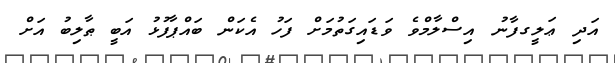
އަދި ޢަލީގފާނު އިސްލާމްވެ ވަޑައިގަތުމަށް ފަހު އެކަން ބައްޕާފުޅު އަބީ ޠާލިބު އަށް